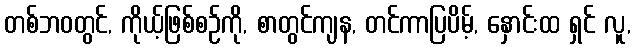
တစ်ဘဝတွင်, ကိုယ့်ဖြစ်စဉ်ကို, စာတွင်ကျန, တင်ကာပြပိမ့်, နှောင်းထ ရှင် လူ,